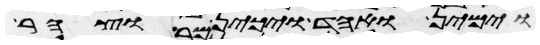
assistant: וימין ואחד ויכין וצהר